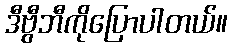
ဒီဗွီဘီကိုပြောပါတယ်။